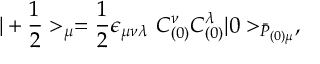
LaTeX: | + { \frac { 1 } { 2 } } > _ { \mu } = { \frac { 1 } { 2 } } \epsilon _ { \mu \nu \lambda } ~ { \cal C } _ { ( 0 ) } ^ { \nu } { \cal C } _ { ( 0 ) } ^ { \lambda } | 0 > _ { \bar { \cal P } _ { ( 0 ) \mu } } ,